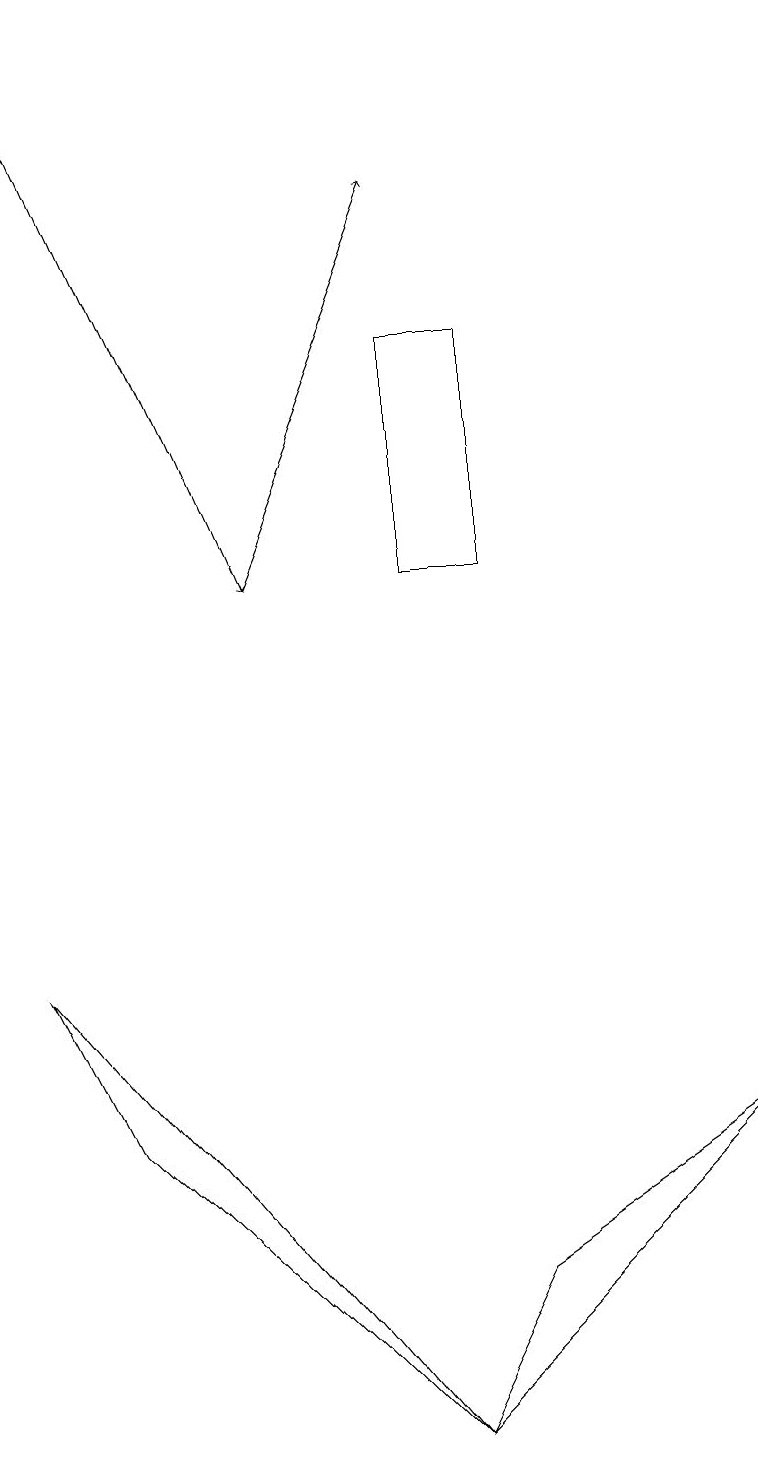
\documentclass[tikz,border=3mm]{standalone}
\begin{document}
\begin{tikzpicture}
\draw (9,5) -- (5,1) -- (6,3) -- cycle;
\draw (5,1) -- (0,7) -- (1,5) -- cycle;
\draw[->] (3,12) -- (5,17);
\draw[->] (0,19) -- (3,12);
\draw (5,12) rectangle (6,15);
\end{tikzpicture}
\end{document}